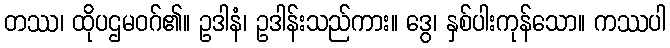
တဿ၊ ထိုပဌမဝဂ်၏။ ဥဒါနံ၊ ဥဒါန်းသည်ကား။ ဒွေ၊ နှစ်ပါးကုန်သော။ ကဿပါ